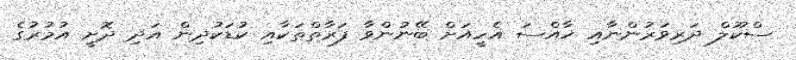
ސްކޫލް ދަރިވަރުންނާއި ޚާއްސަ އެހީއަށް ބޭނުންވާ ފަރާތްތަކާއި ކުޑަކުދިން އަދި ދޮށީ އުމުރުގެ